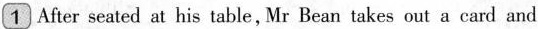
1 After seated at his table,Mr Bean takes out a card and